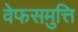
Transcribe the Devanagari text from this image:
वेफसमुत्ति